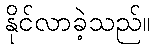
နိုင်လာခဲ့သည်။